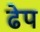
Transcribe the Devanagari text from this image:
ढेप